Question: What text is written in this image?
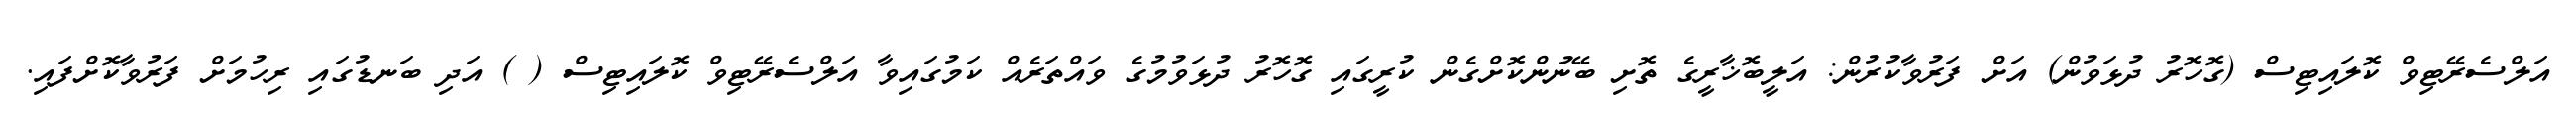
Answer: އަލްސެރޭޓިވް ކޮލައިޓިސް (ގޮހޮރު ދުޅަވުން) އަށް ފަރުވާކުރުން: އަލީބޮޚާރީގެ ތޮށި ބޭނުންކޮށްގެން ކުރީގައި ގޮހޮރު ދުޅަވުމުގެ ވައްތަރެއް ކަމުގައިވާ އަލްސެރޭޓިވް ކޮލައިޓިސް ( ) އަދި ބަނޑުގައި ރިހުމަށް ފަރުވާކޮށްފައި.